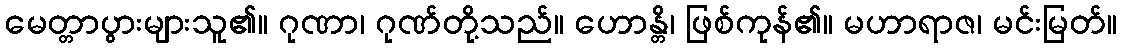
မေတ္တာပွားများသူ၏။ ဂုဏာ၊ ဂုဏ်တို့သည်။ ဟောန္တိ၊ ဖြစ်ကုန်၏။ မဟာရာဇ၊ မင်းမြတ်။